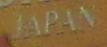
japan